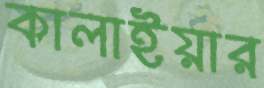
কালাইয়ার